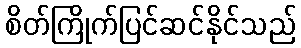
စိတ်ကြိုက်ပြင်ဆင်နိုင်သည်